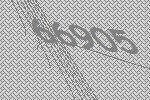
66905